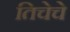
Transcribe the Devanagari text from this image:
तिचेचे